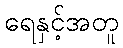
ရေနှင့်အတူ